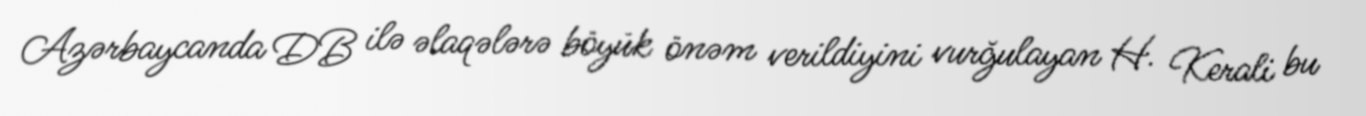
Azərbaycanda DB ilə əlaqələrə böyük önəm verildiyini vurğulayan H. Kerali bu